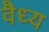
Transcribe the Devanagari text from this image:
वैध्य